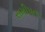
સમીપતા